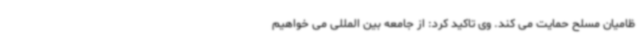
ظامیان مسلح حمایت می کند. وی تاکید کرد: از جامعه بین المللی می خواهیم